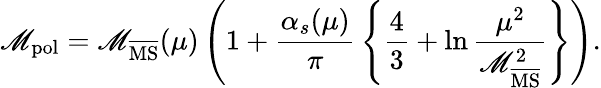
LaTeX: \mathscr{M}_{\mathrm{{pol}}}=\mathscr{M}_{\overline{{{{\mathrm{{MS}}}}}}}(\mu)\left(1+\frac{{\alpha_{s}(\mu)}}{{\pi}}\, \left\{ \frac{{4}}{{3}}+\ln\frac{{\mu^{2}}}{{\mathscr{M}_{\overline{{{{\mathrm{{MS}}}}}}}^{2}}}\right\} \right).